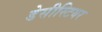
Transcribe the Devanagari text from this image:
डेसीस्टियर